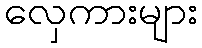
လှေကားများ